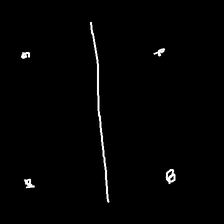
Glyph: cool